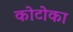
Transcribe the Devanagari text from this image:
कोटोका